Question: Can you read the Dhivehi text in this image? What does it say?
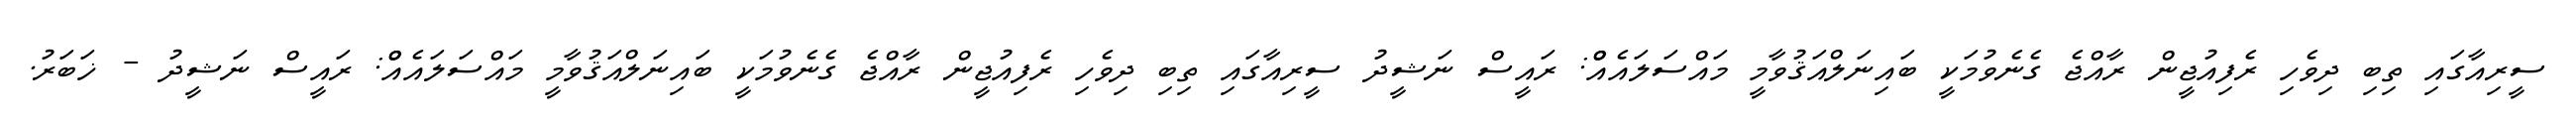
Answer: ސީރިއާގައި ތިބި ދިވެހި ރެފިއުޖީން ރާއްޖެ ގެނެވުމަކީ ބައިނަލްއަޤުވާމީ މައްސަލައެއްް: ރައީސް ނަޝީދު ސީރިއާގައި ތިބި ދިވެހި ރެފިއުޖީން ރާއްޖެ ގެނެވުމަކީ ބައިނަލްއަޤުވާމީ މައްސަލައެއްް: ރައީސް ނަޝީދު - ޚަބަރު.